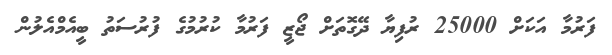
ފަރުމާ އަކަށް 25000 ރުފިޔާ ދޭގޮތަށް ޖޯޒީ ފަރުމާ ކުރުމުގެ ފުރުސަތު ބީއެމްއެލުން